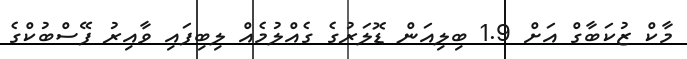
މާކް ޒުކަބާގް އަށް 1.9 ބިލިއަން ޑޮލަރުގެ ގެއްލުމެއް ލިބިފައި ވާއިރު ފޭސްބުކްގެ